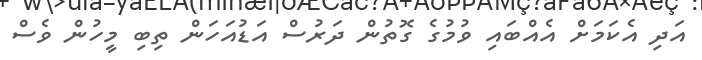
އަދި އެކަމަށް އެއްބައި ވުމުގެ ގޮތުން ދަރުސް އަޑުއަހަން ތިބި މީހުން ވެސް